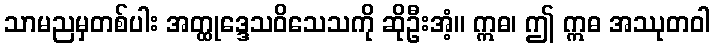
သာမညမှတစ်ပါး အတ္ထုဒ္ဒေသဝိသေသကို ဆိုဦးအံ့။ ဣဓ၊ ဤ ဣဓ အဿုတဝါ